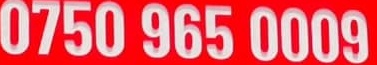
0750 965 0009